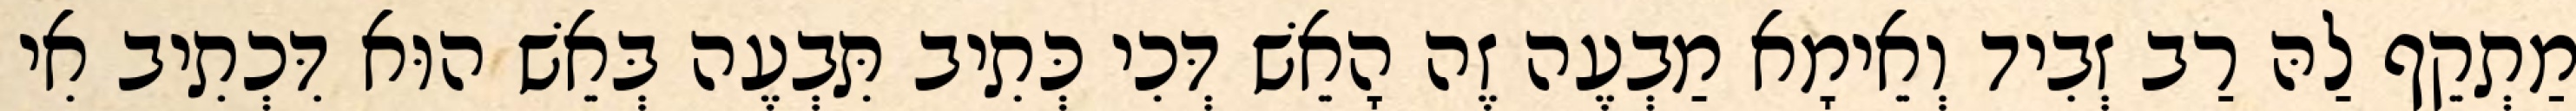
מַתְקֵף לַהּ רַב זְבִיד וְאֵימָא מַבְעֶה זֶה הָאֵשׁ דְּכִי כְּתִיב תִּבְעֶה בְּאֵשׁ הוּא דִּכְתִיב אִי